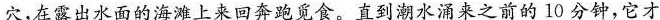
穴，在露出水面的海滩上来回奔跑觅食。直到潮水涌来之前的10分钟，它才